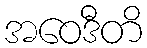
အဝေဒီတိ